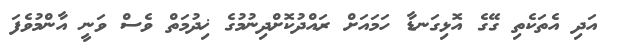
އަދި އެތަކެތި ގޭގެ އޮޅިގަނޑާ ހަމައަށް ރައްދުކޮށްދިނުމުގެ ޚިދުމަތް ވެސް ވަނީ އާންމުވެފަ